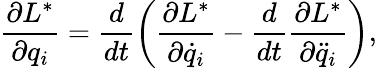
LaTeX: \frac{\partial L^{*}}{\partial q_{i}}=\frac{d}{dt}\left(\frac{\partial L^{*}}{\partial\dot{q}_{i}}-\frac{d}{dt}\frac{\partial L^{*}}{\partial\ddot{q}_{i}}\right),